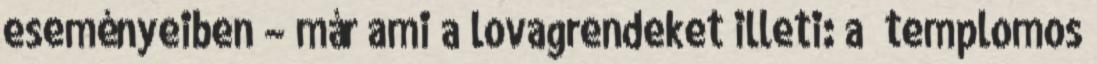
eseményeiben – már ami a lovagrendeket illeti: a „templo­mos